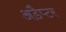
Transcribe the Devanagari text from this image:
अडैप्टर